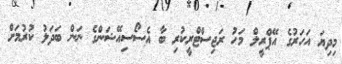
މިދިޔަ އަހަރުގެ އޭޕްރީލް މަހު ރަޖިސްޓްރީކުރި ބާ އެސޯސިއޭޝަންގެ ނަން ބަދަލު ކުރުމަށް